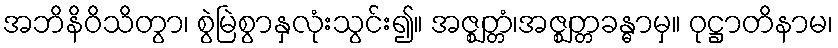
အဘိနိဝိသိတွာ၊ စွဲမြဲစွာနှလုံးသွင်း၍။ အဇ္ဈတ္တံ၊အဇ္ဈတ္တခန္ဓာမှ။ ဝုဋ္ဌာတိနာမ၊